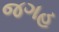
જગહ